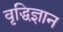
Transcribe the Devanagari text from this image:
वृद्धिज्ञान